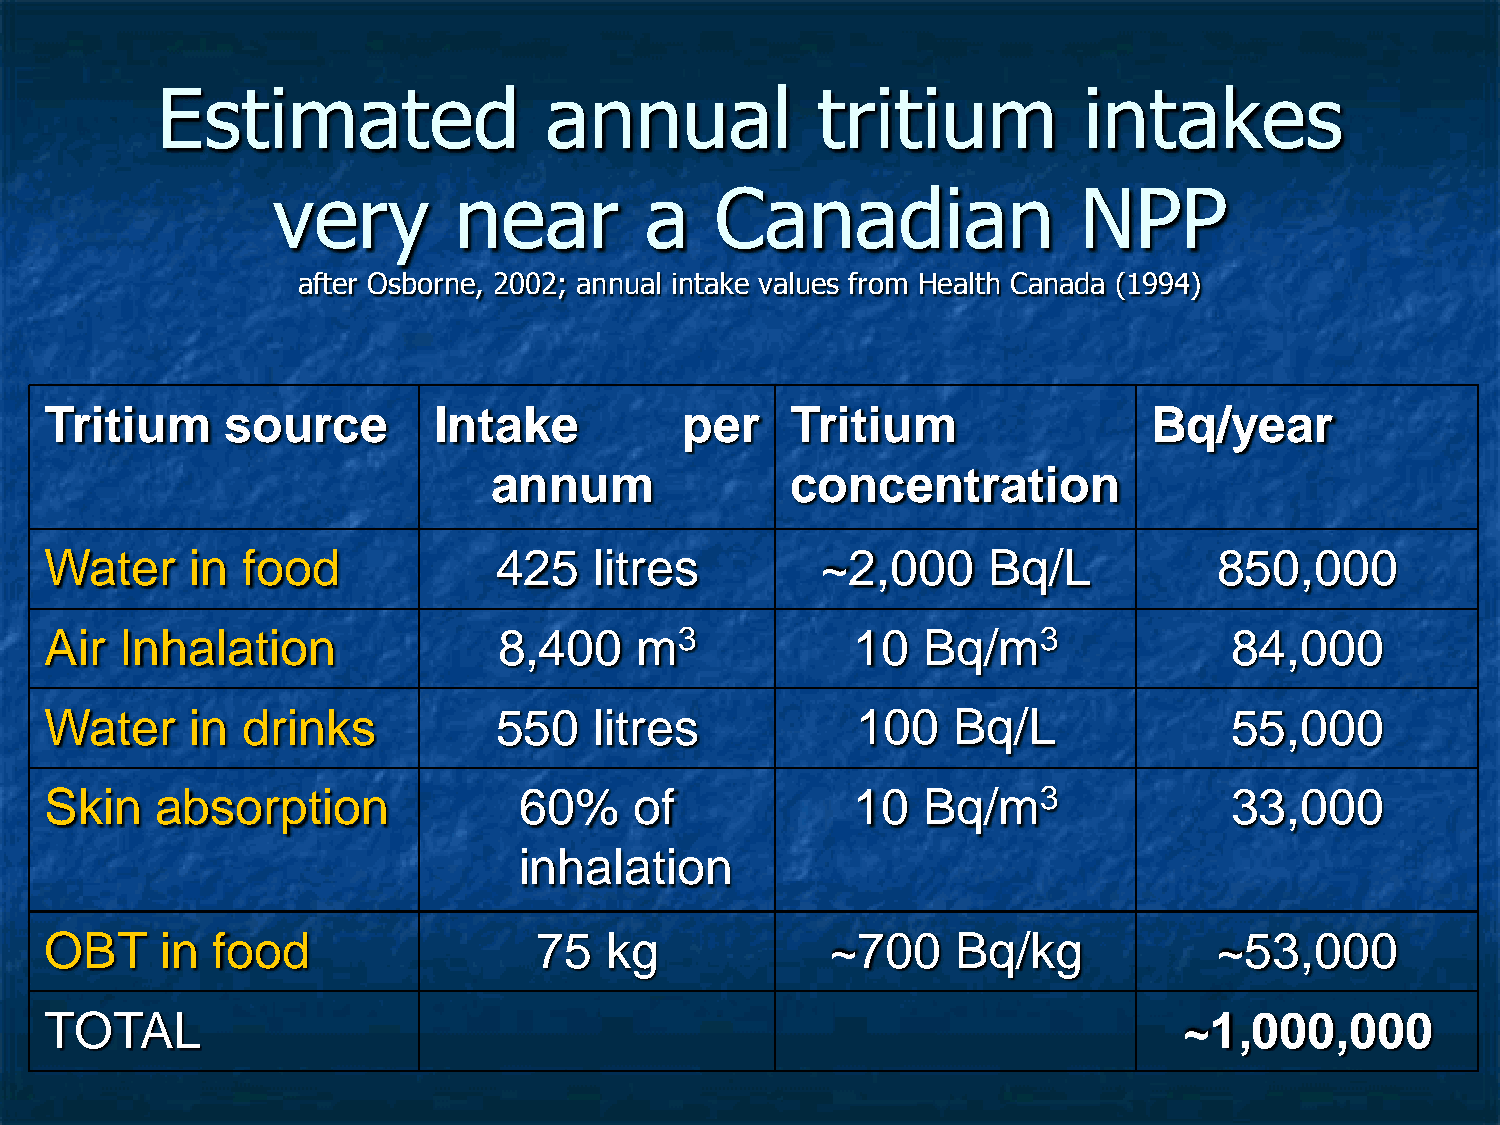
Estimated                 annual            tritium           intakes
 very        near         a   Canadian                NPP
 after Osborne, 2002; annual intake values from Health Canada (1994)
 Tritium     source        Intake          per    Tritium                 Bq/year
 annum               concentration
 Water     in food             425   litres         ~2,000     Bq/L            850,000
 Air  Inhalation               8,400    m3             10  Bq/m3               84,000
 Water     in drinks           550   litres            100   Bq/L              55,000
 Skin   absorption              60%     of             10  Bq/m3               33,000
 inhalation
 OBT     in food                  75  kg             ~700    Bq/kg             ~53,000
 TOTAL                                                                      ~1,000,000